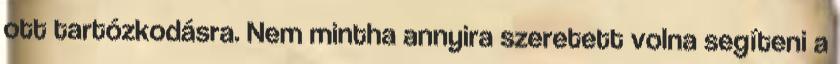
ott tartózkodásra. Nem mintha annyira szeretett volna segíteni a